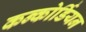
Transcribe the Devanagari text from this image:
कन्कोर्डियन